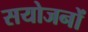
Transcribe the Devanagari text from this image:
सयोजनों